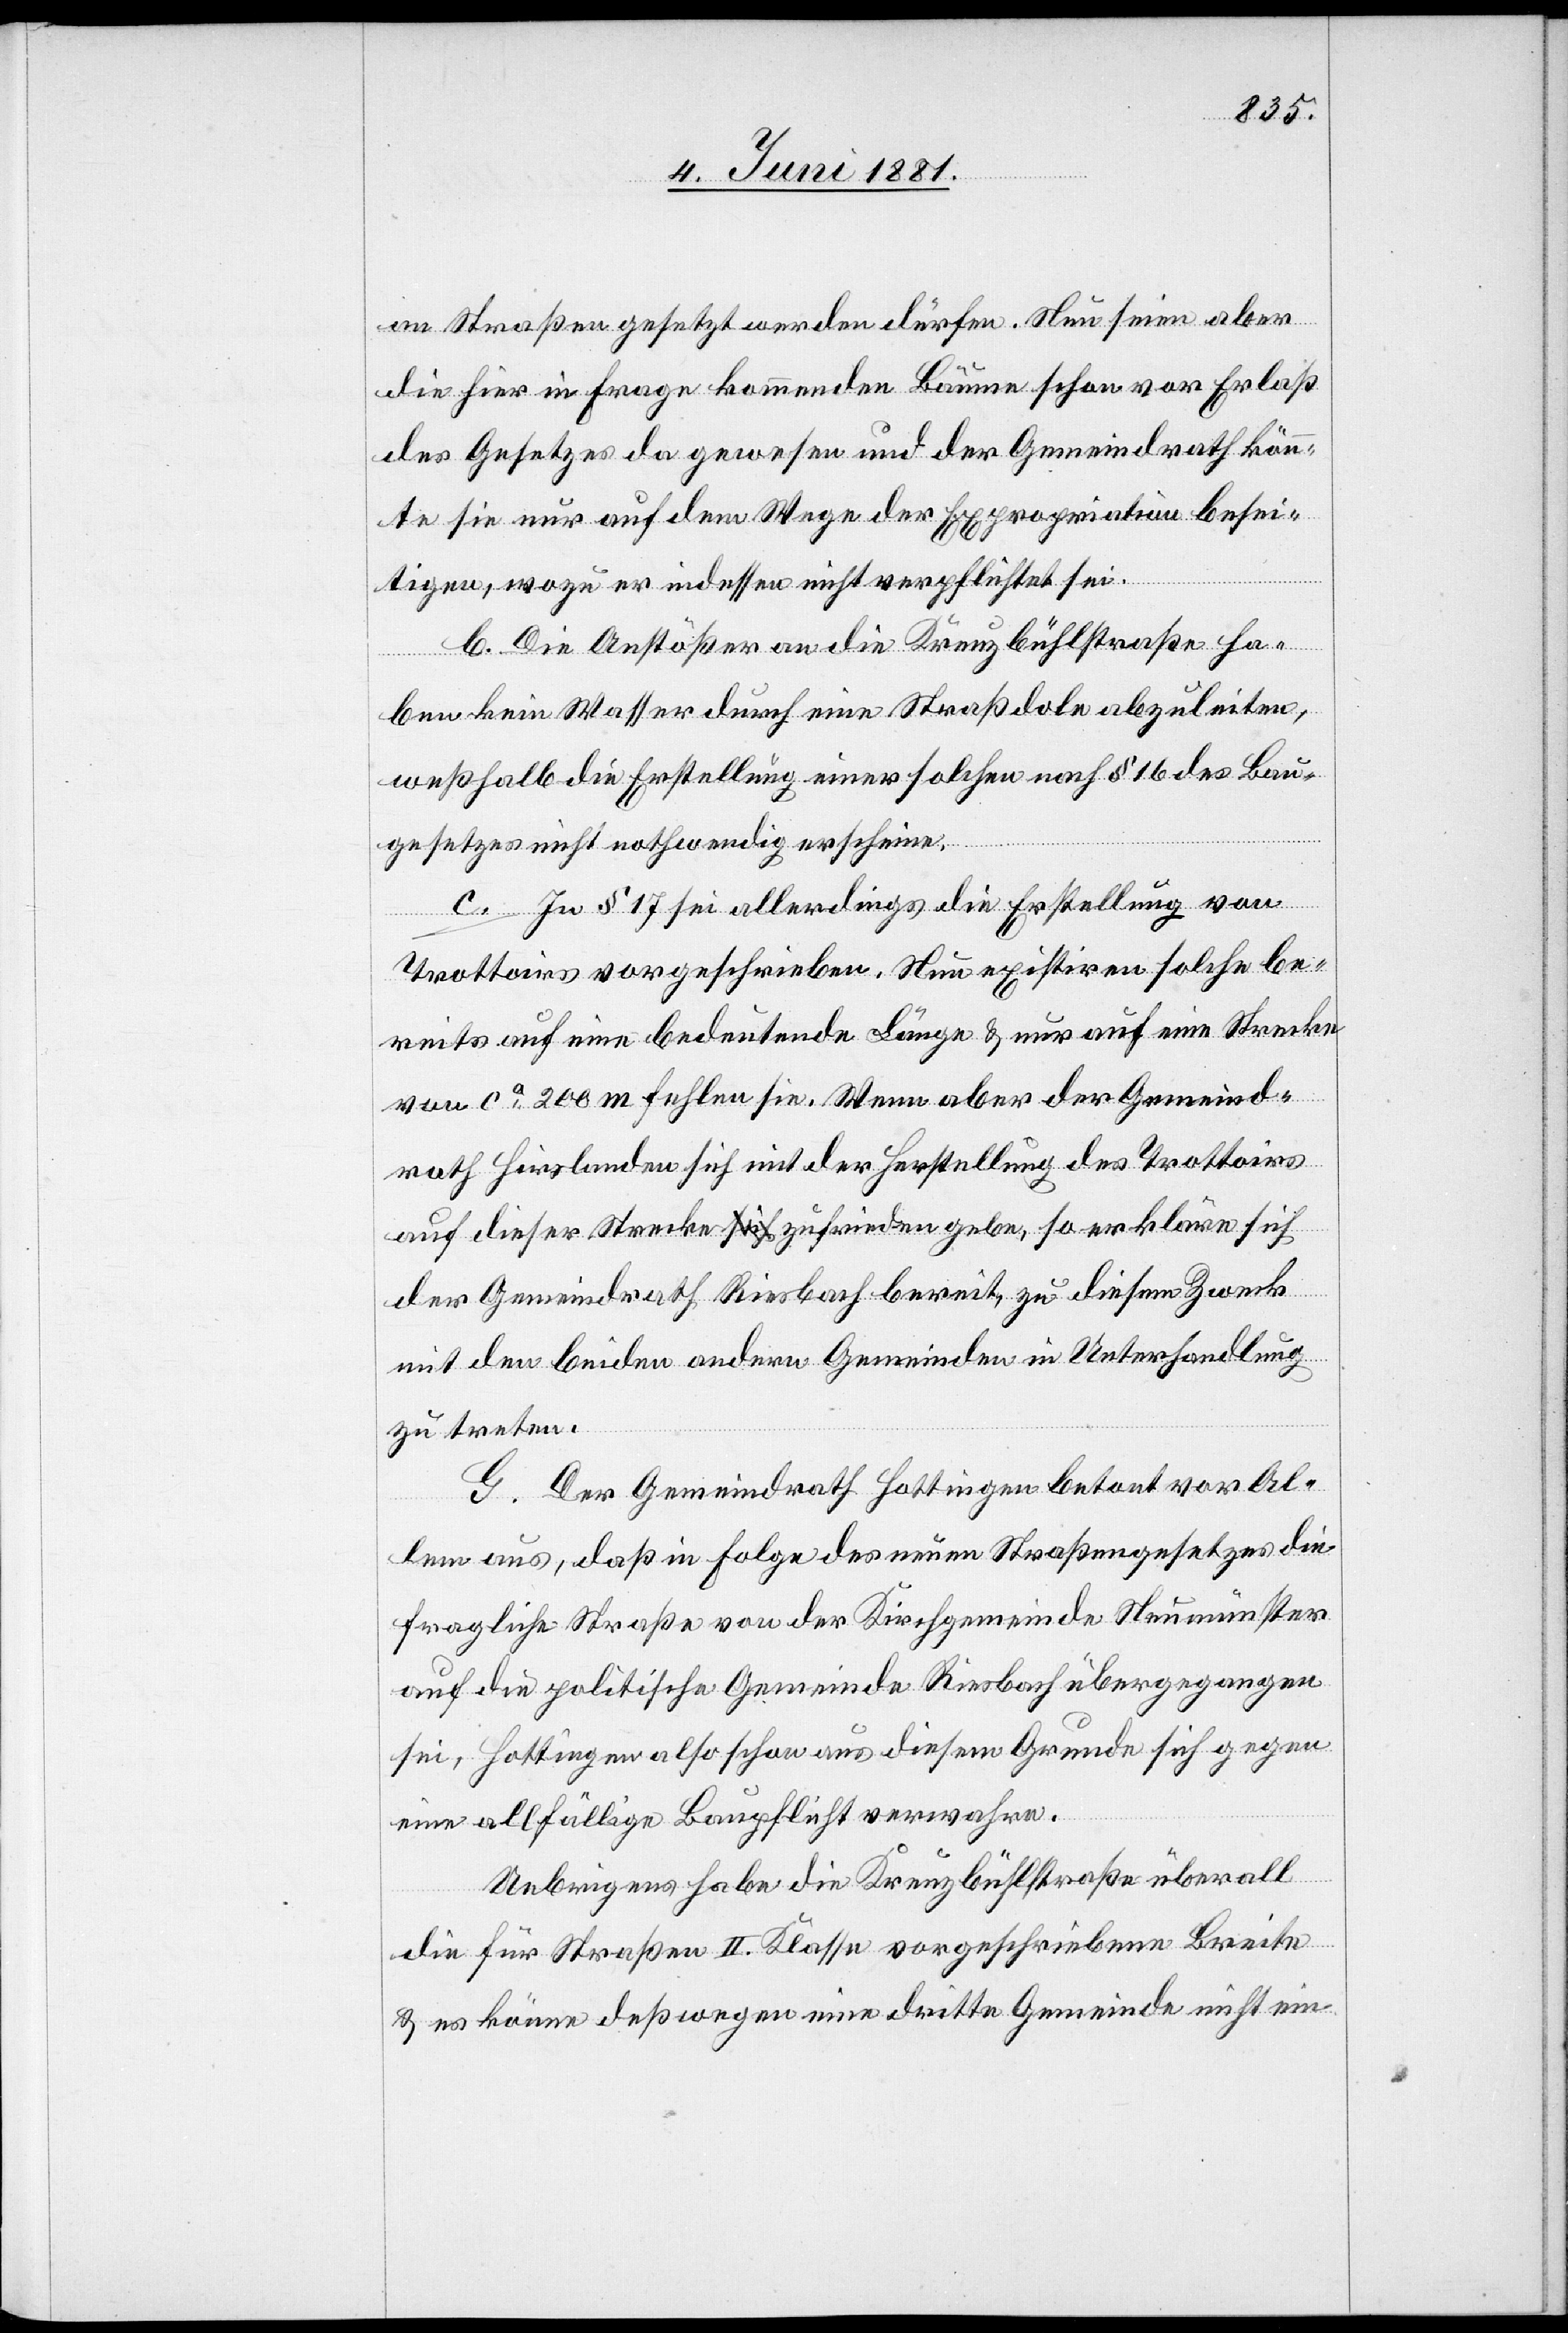
an Straßen gesetzt werden dürfen. Nun seien aber
die hier in Frage kommenden Bäume schon vor Erlaß
des Gesetzes da gewesen und der Gemeindrath könn¬
te sie nur auf dem Wege der Expropriation besei¬
tigen, wozu er indessen nicht verpflichtet sei.
b. Die Anstößer an die Kreuzbühlstraße ha¬
ben kein Wasser durch eine Straßdole abzuleiten,
weßhalb die Erstellung einer solchen nach § 16 des Bau¬
gesetzes nicht nothwendig erscheine.
c. In § 17 sei allerdings die Erstellung von
Trottoirs vorgeschrieben. Nun existiren solche be¬
reits auf eine bedeutende Länge & nur auf eine Strecke
von ca 200 m fehlen sie. Wenn aber der Gemeind¬
rath Hirslanden sich mit der Herstellung des Trottoirs
auf dieser Strecke zufrieden gebe, so erkläre sich
der Gemeindrath Riesbach bereit, zu diesem Zweck
mit den beiden andern Gemeinden in Unterhandlungen
zu treten.
G. Der Gemeindrath Hottingen betont vor Al¬
lem aus, daß in Folge des neuen Straßengesetzes die
fragliche Straße von der Kirchgemeinde Neumünster
auf die politische Gemeinde Riesbach übergegangen
sei, Hottingen also schon aus diesem Grunde sich gegen
eine allfällige Baupflicht verwahren.
Uebrigens habe die Kreuzbühlstraße überall
die für Straßen II. Klasse vorgeschriebene Breite
& es könne deßwegen eine dritte Gemeinde nicht ein